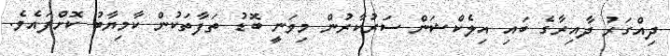
ދިއްގަރު ދާއިރާގެ ބައި އިލެކްޝަން ސަރުކާރުން މިވަނީ ބޮޑު ތަފާތަކުން ކާމިޔާބު ކޮށްފައެވެ.